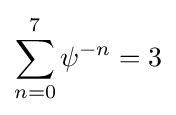
\sum _{n=0}^{7}\psi ^{-n}=3